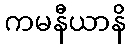
ကမနီယာနိ